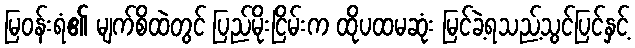
မြဝန်းရံ၏ မျက်စိထဲတွင် ပြည်မိုးငြိမ်းက ထိုပထမဆုံး မြင်ခဲ့ရသည့်သွင်ပြင်နှင့်